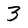
Character: 3